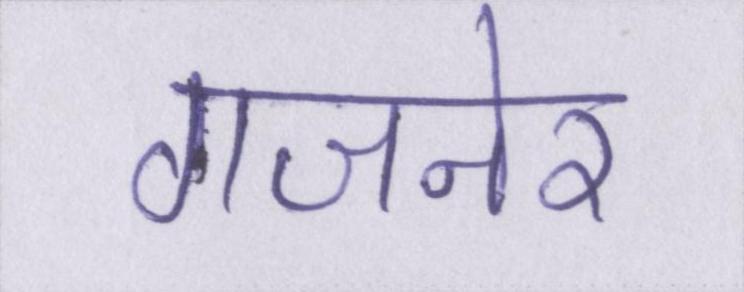
गजनेर